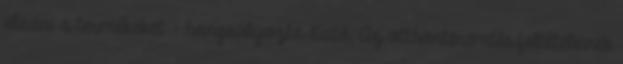
eladni a termékeket - hangsúlyozta Kató. Az otthonteremtés feltételeinek